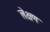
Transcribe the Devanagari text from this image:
लेक्षण